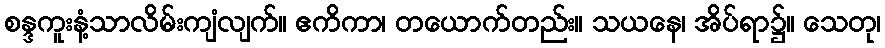
စန္ဒကူးနံ့သာလိမ်းကျံလျက်။ ဧကိကာ၊ တယောက်တည်း။ သယနေ၊ အိပ်ရာ၌။ သေတု၊